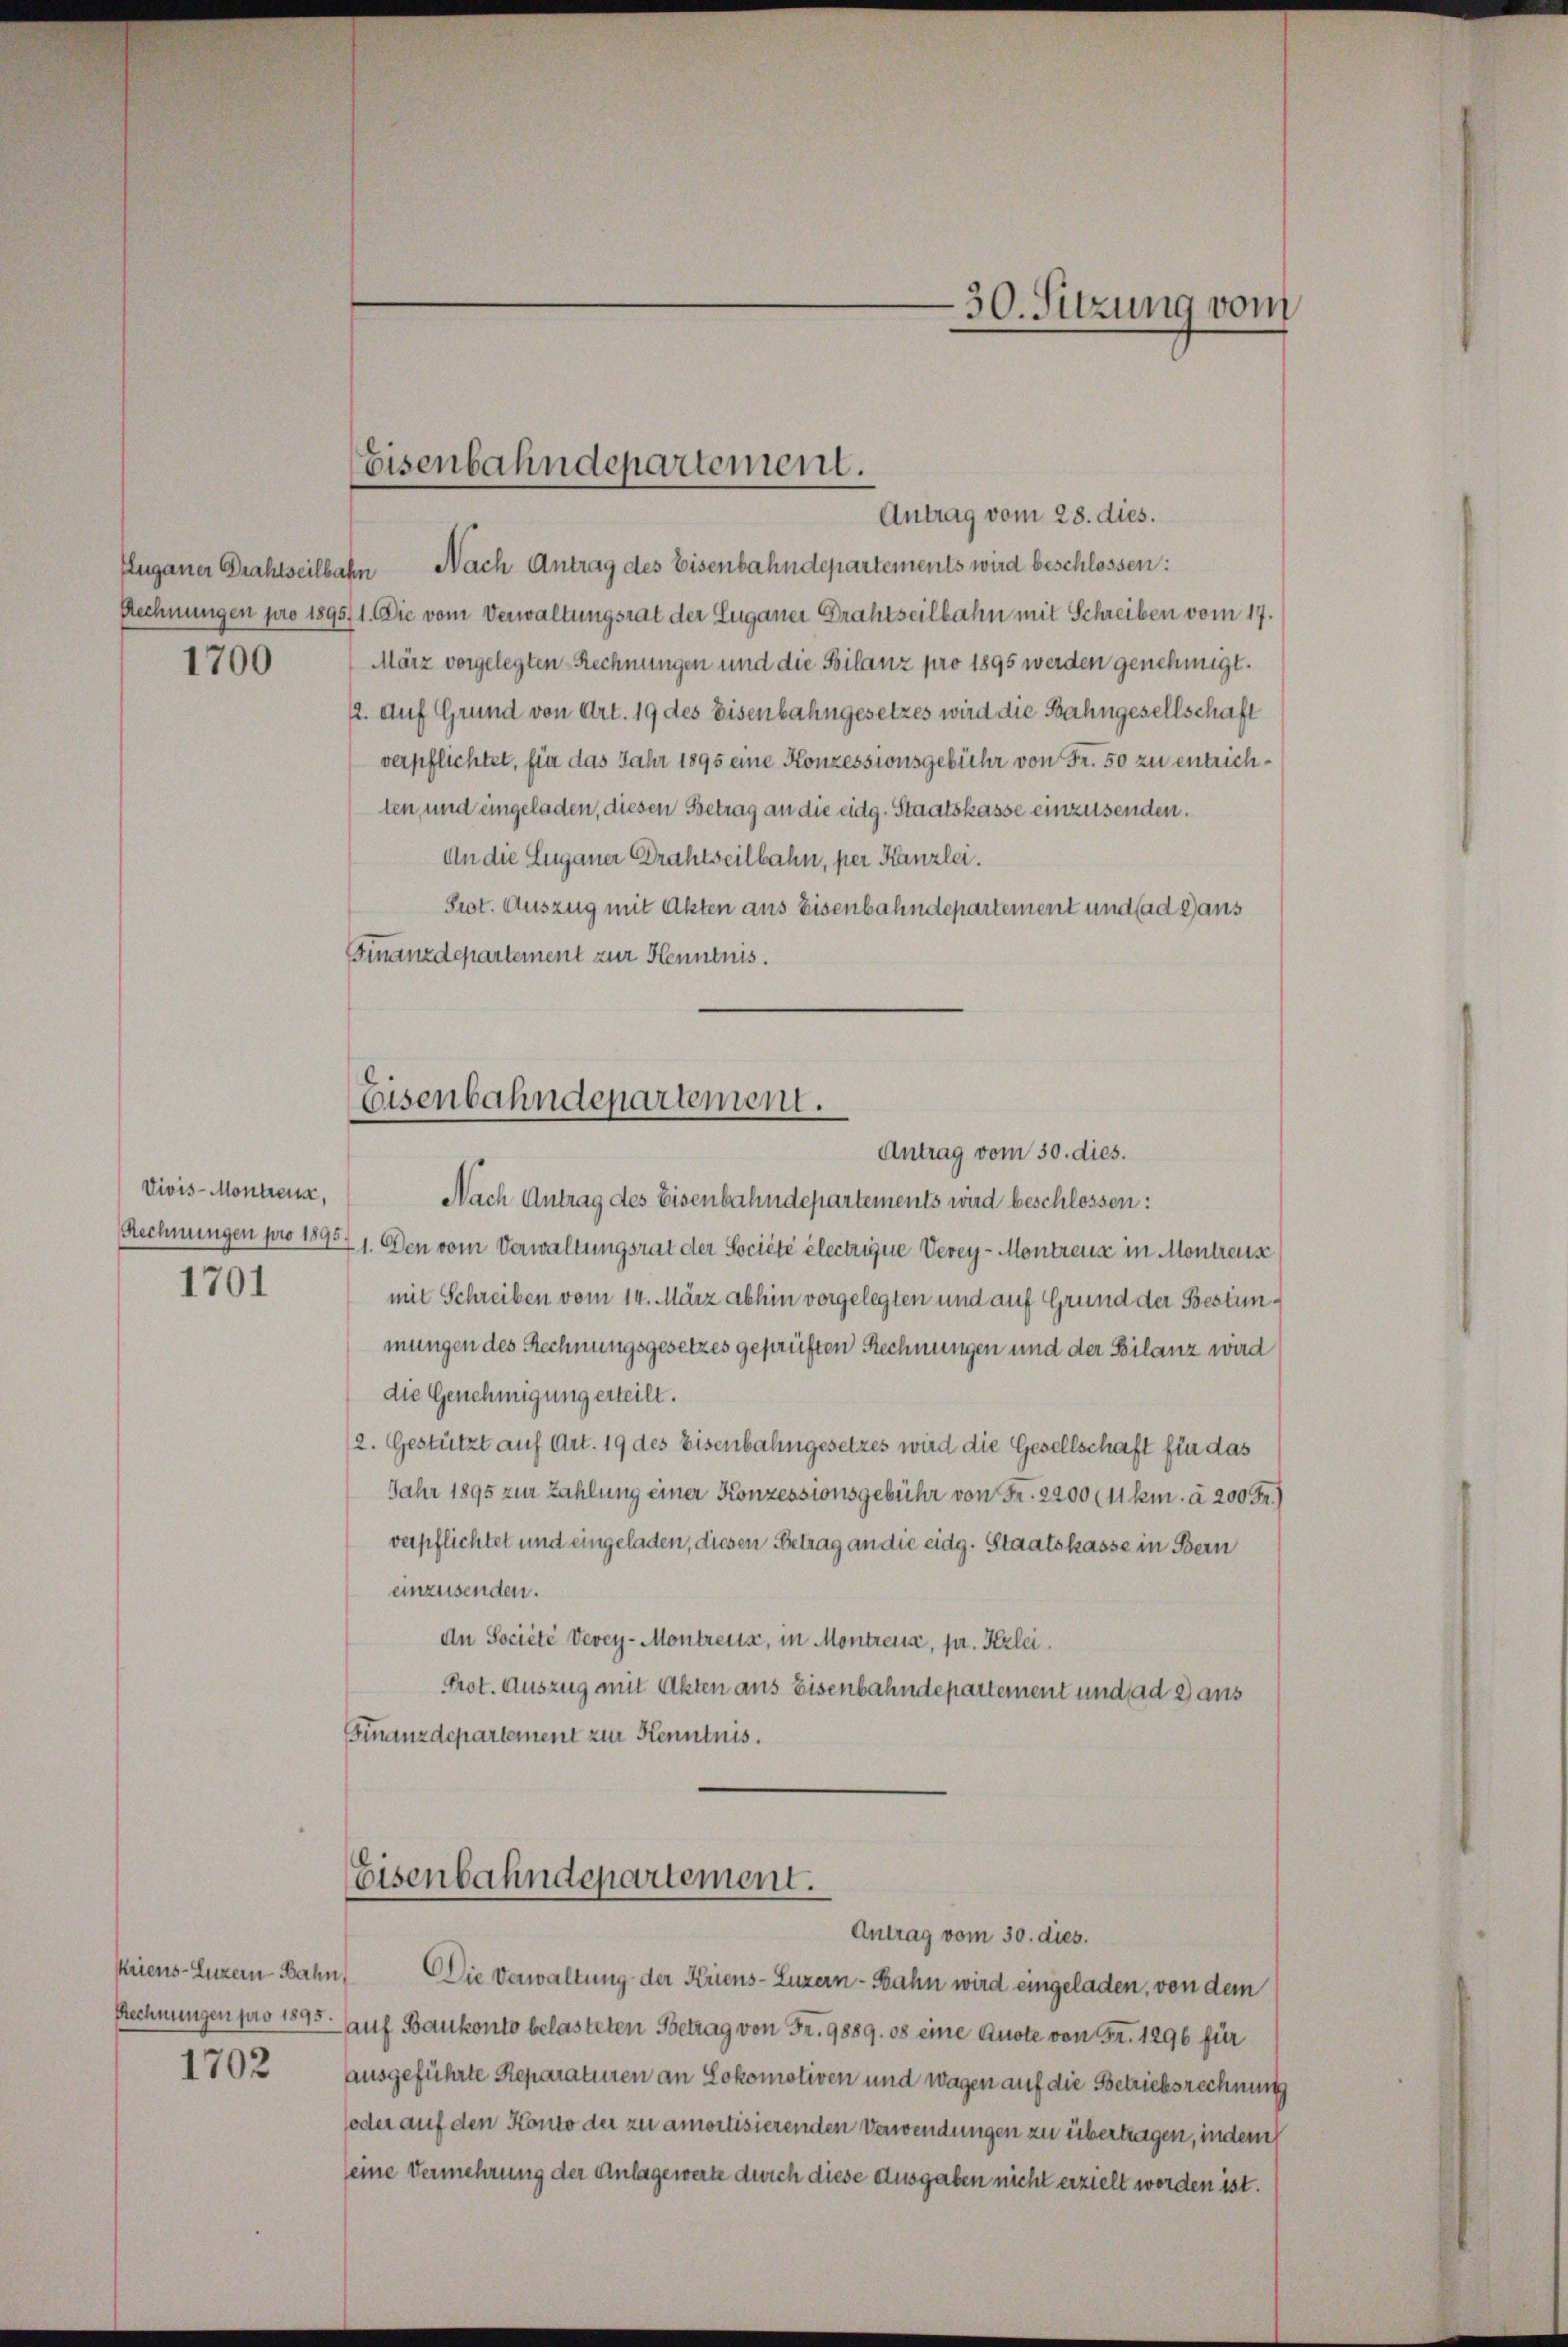
1700

Vivis-Montreux.
Rechnungen pro 1895
1701

1702

Antrag vom 28. dies.
Zuganer Drahtseilbahn Nach Antrag des Eisenbahndepartements wird beschlossen:
Rechnungen pro 1895. 1. Die vom Verwaltungsrat der Euganer Drahtseilbahn mit Schreiben vom 17.
März vorgelegten Rechnungen und die Bilanz pro 1895 werden genehmigt.
12. Auf Grund von Art. 19 des Eisenbahngesetzes wird die Bahngesellschaft
verpflichtet, für das Jahr 1895 eine Konzessionsgebühr von Fr. 50 zu entrichten, und eingeladen, diesen Betrag an die eidg. Staatskasse einzusenden.
An die Euganer Drahtseilbahn, per Kanzlei.
Prot. Auszug mit Akten aus Eisenbahndepartement und ad caus
Finanzdepartement zur Kenntnis.

Eisenbahndepartement.

Eisenbahndepartement.

Antrag vom 30. dies.
Nach Antrag des Eisenbahndepartements wird beschlossen:
21. Den vom Verwaltungsrat der Société électrigue Verey- Montreus in Montreuse
mit Schreiben vom 14. März abhin vorgelegten und auf Grund der Bestimmungen des Rechnungsgesetzes geprüften Rechnungen und der Bilanz wird
die Genehmigung erteilt.
2. Gestützt auf Art. 19 des Eisenbahngesetzes wird die Gesellschaft für das
Jahr 1895 zur Zahlung einer Konzessionsgebühr von Fr. 2200 (11 km. à 200 Fr.)
verpflichtet und eingeladen, diesen Betrag an die eidg. Staatskasse in Bern
einzusenden.
An Société Vevey-Montreuss, in Montreux, pr. Kzlei.
Prot. Auszug mit Akten aus Eisenbahndepartement und ad 2 aus
Finanzdepartement zur Kenntnis.
Eisenbahndepartement.
Antrag vom 30. dies.
Kriens-Luzern Bahn. Die Verwaltung der Kriens-Luzern-Bahn wird eingeladen, von dem
Rechnungen pro 1895. auf Baukonto belasteten Betrag von Fr. 9889. es eine Quote von Fr. 1296 für
ausgeführte Reparaturen an Lokomotiven und wagen auf die Betriebsrechnung
oder auf den Konto der zu amortisierenden Verwendungen zu übertragen, indem
eine Vermehrung der Anlage werte durch diese Ausgaben nicht erzielt worden ist.

30. Sitzung vom